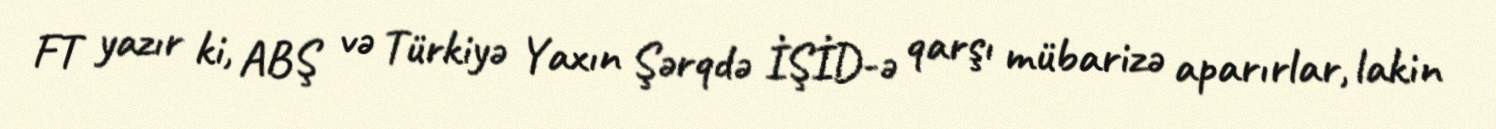
FT yazır ki, ABŞ və Türkiyə Yaxın Şərqdə İŞİD-ə qarşı mübarizə aparırlar, lakin